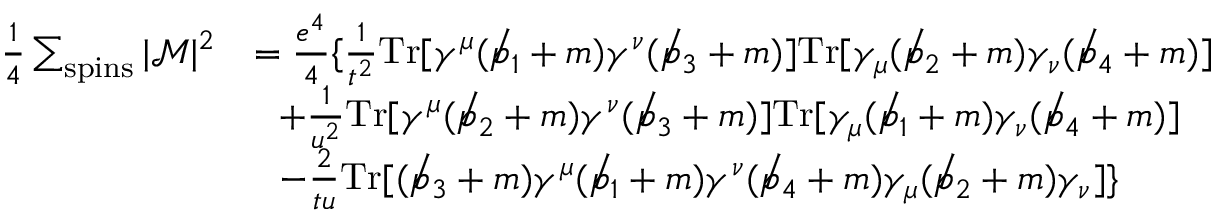
{ \begin{array} { r l } { { \frac { 1 } { 4 } } \sum _ { \mathrm { s p i n s } } | { \mathcal { M } } | ^ { 2 } } & { = { \frac { e ^ { 4 } } { 4 } } \{ { \frac { 1 } { t ^ { 2 } } } \mathrm { T r } [ \gamma ^ { \mu } ( \not p _ { 1 } + m ) \gamma ^ { \nu } ( \not p _ { 3 } + m ) ] \mathrm { T r } [ \gamma _ { \mu } ( \not p _ { 2 } + m ) \gamma _ { \nu } ( \not p _ { 4 } + m ) ] } \\ & { ~ ~ + { \frac { 1 } { u ^ { 2 } } } \mathrm { T r } [ \gamma ^ { \mu } ( \not p _ { 2 } + m ) \gamma ^ { \nu } ( \not p _ { 3 } + m ) ] \mathrm { T r } [ \gamma _ { \mu } ( \not p _ { 1 } + m ) \gamma _ { \nu } ( \not p _ { 4 } + m ) ] } \\ & { ~ ~ - { \frac { 2 } { t u } } \mathrm { T r } [ ( \not p _ { 3 } + m ) \gamma ^ { \mu } ( \not p _ { 1 } + m ) \gamma ^ { \nu } ( \not p _ { 4 } + m ) \gamma _ { \mu } ( \not p _ { 2 } + m ) \gamma _ { \nu } ] \} } \end{array} }